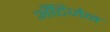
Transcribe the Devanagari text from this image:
अँटिजेन